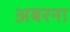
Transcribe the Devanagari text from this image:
अबरना